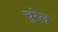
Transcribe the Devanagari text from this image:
चुरेल